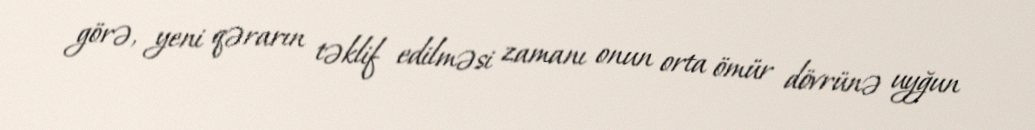
görə, yeni qərarın təklif edilməsi zamanı onun orta ömür dövrünə uyğun